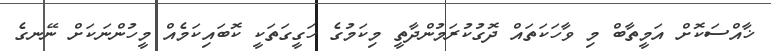
ޚާއްސަކޮށް އަމީތާބް މި ވާހަކަތައް ދޮގުކުރަމުންދާތީ މިކަމުގެ ހަގީގަތަކީ ކޮބައިކަމެއް މީހުންނަކަށް ނޭނގެ